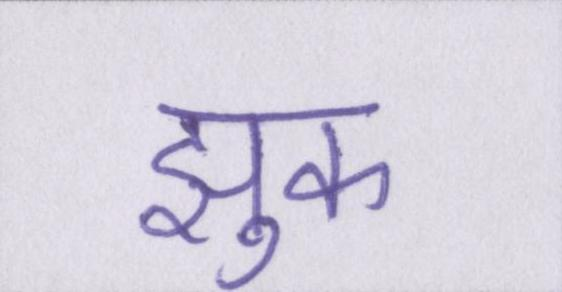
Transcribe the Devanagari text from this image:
झुक